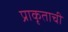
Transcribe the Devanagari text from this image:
प्राकृताची